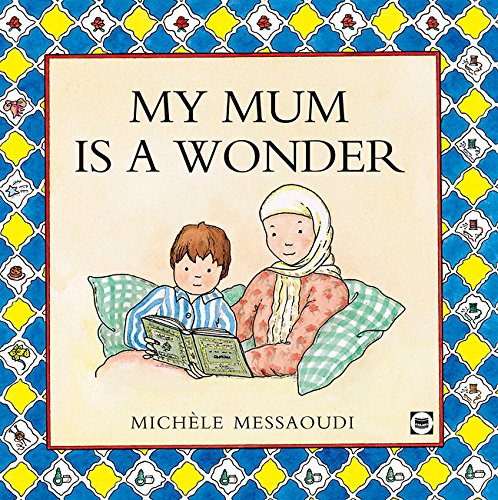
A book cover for My Mum is a Wonder; Michele Messaoudi; Children's Books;